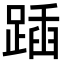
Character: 𨂵